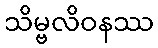
သိမ္ဗလိဝနဿ